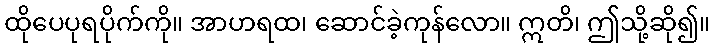
ထိုပေပုရပိုက်ကို။ အာဟရထ၊ ဆောင်ခဲ့ကုန်လော။ ဣတိ၊ ဤသို့ဆို၍။